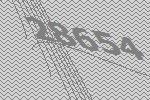
28654